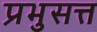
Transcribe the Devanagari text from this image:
प्रभुसत्त